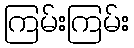
ကြမ်းကြမ်း